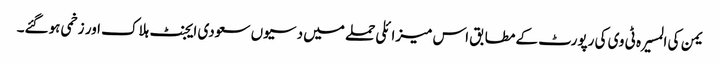
یمن کی المسیرہ ٹی وی کی رپورٹ کے مطابق اس میزائلی حملے میں دسیوں سعودی ایجنٹ ہلاک اور زخمی ہوگئے۔